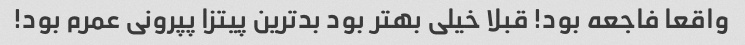
واقعا فاجعه بود! قبلا خیلی بهتر بود بدترین پیتزا پپرونی عمرم بود!